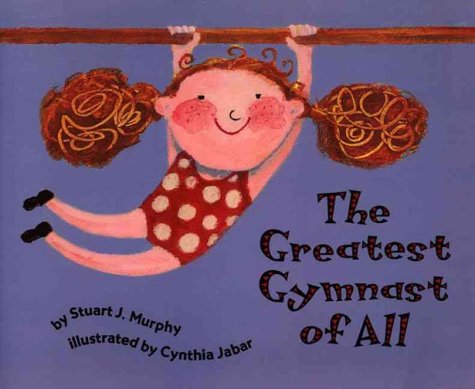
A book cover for The Greatest Gymnast of All: Opposites, Level 1 (Mathstart); Stuart J. Murphy; Children's Books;